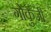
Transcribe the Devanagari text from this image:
गोकुजी